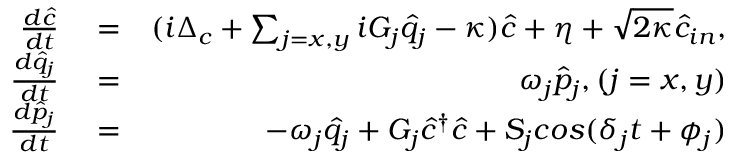
\begin{array} { r l r } { \frac { d \hat { c } } { d t } } & { { } = } & { ( i \Delta _ { c } + \sum _ { j = x , y } i G _ { j } \hat { q } _ { j } - \kappa ) \hat { c } + \eta + \sqrt { 2 \kappa } \hat { c } _ { i n } , } \\ { \frac { d \hat { q } _ { j } } { d t } } & { { } = } & { \omega _ { j } \hat { p } _ { j } , ( j = x , y ) } \\ { \frac { d \hat { p } _ { j } } { d t } } & { { } = } & { - \omega _ { j } \hat { q } _ { j } + G _ { j } \hat { c } ^ { \dag } \hat { c } + S _ { j } c o s ( \delta _ { j } t + \phi _ { j } ) } \end{array}